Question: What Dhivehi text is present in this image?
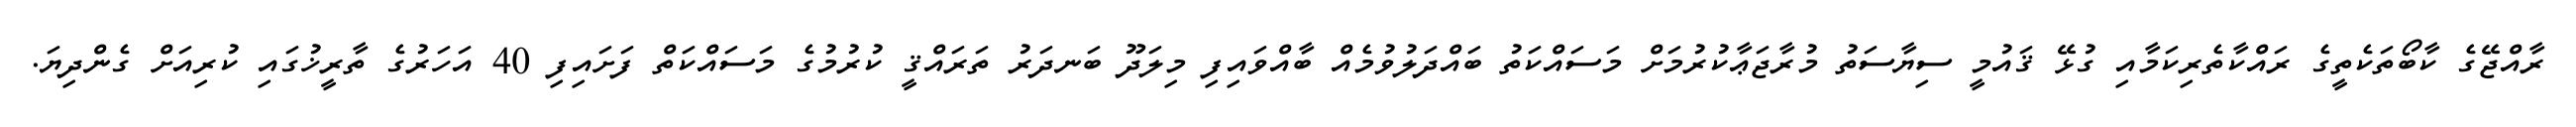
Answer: ރާއްޖޭގެ ކާބޯތަކެތީގެ ރައްކާތެރިކަމާއި ގުޅޭ ޤައުމީ ސިޔާސަތު މުރާޖަޢާކުރުމަށް މަސައްކަތު ބައްދަލުވުމެއް ބާއްވައިފި މިލަދޫ ބަނދަރު ތަރައްޤީ ކުރުމުގެ މަސައްކަތް ފަށައިފި 40 އަހަރުގެ ތާރީޚުގައި ކުރިއަށް ގެންދިޔަ.